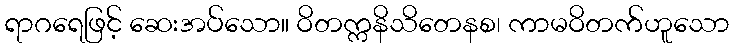
ရာဂရေဖြင့် ဆေးအပ်သော။ ဝိတက္ကနိသိတေနစ၊ ကာမဝိတက်ဟူသော